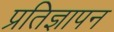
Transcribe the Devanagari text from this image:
प्रतिज्ञापन